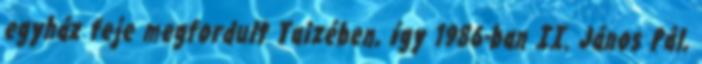
egyház feje megfordult Taizében, így 1986-ban II. János Pál,